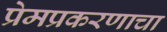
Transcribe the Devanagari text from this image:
प्रेमप्रकरणाचा